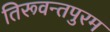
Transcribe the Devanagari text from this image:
तिरूवन्तपुरम